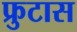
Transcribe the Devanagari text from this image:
फ्रुटास